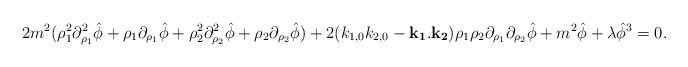
LaTeX: \begin{align*}2m^2(\rho_1^2\partial^2_{\rho_1}\hat{\phi}+\rho_1\partial_{\rho_1}\hat{\phi}+\rho_2^2\partial^2_{\rho_2}\hat{\phi}+ \rho_2\partial_{\rho_2}\hat{\phi})+ 2(k_{1,0}k_{2,0}-{\bf k_1}.{\bf k_2})\rho_1\rho_2\partial_{\rho_1}\partial_{\rho_2}\hat{\phi}+m^2\hat{\phi}+\lambda\hat{\phi}^3=0. \end{align*}